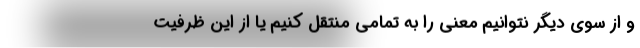
و از سوی دیگر نتوانیم معنی را به تمامی منتقل کنیم یا از این ظرفیت